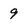
Character: 9